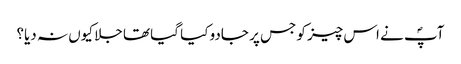
آپؐ نے اس چیز کو جس پر جادو کیا گیا تھا جلا کیوں نہ دیا؟